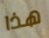
هذا